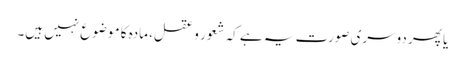
یا پھر دوسری صورت یہ ہے کہ شعور و عقل، مادہ کا موضوع نہیں ہیں۔